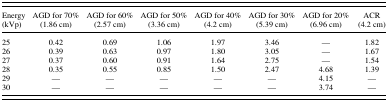
<table><thead><tr><td><b>Energy (kVp)</b></td><td><b>AGD for 70% (1.86 cm)</b></td><td><b>AGD for 60% (2.57 cm)</b></td><td><b>AGD for 50% (3.36 cm)</b></td><td><b>AGD for 40% (4.2 cm)</b></td><td><b>AGD for 30% (5.39 cm)</b></td><td><b>AGD for 20% (6.96 cm)</b></td><td><b>ACR (4.2 cm)</b></td></tr></thead><tbody><tr><td>25</td><td>0.42</td><td>0.69</td><td>1.06</td><td>1.97</td><td>3.46</td><td>—</td><td>1.82</td></tr><tr><td>26</td><td>0.39</td><td>0.63</td><td>0.97</td><td>1.80</td><td>3.05</td><td>—</td><td>1.67</td></tr><tr><td>27</td><td>0.37</td><td>0.60</td><td>0.91</td><td>1.64</td><td>2.75</td><td>—</td><td>1.54</td></tr><tr><td>28</td><td>0.35</td><td>0.55</td><td>0.85</td><td>1.50</td><td>2.47</td><td>4.68</td><td>1.39</td></tr><tr><td>29</td><td>—</td><td>—</td><td>—</td><td>—</td><td>—</td><td>4.15</td><td>—</td></tr><tr><td>30</td><td>—</td><td>—</td><td>—</td><td>—</td><td>—</td><td>3.74</td><td>—</td></tr></tbody></table>